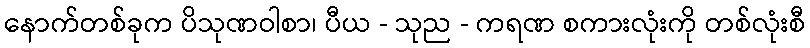
နောက်တစ်ခုက ပိသုဏဝါစာ၊ ပီယ - သုည - ကရဏ စကားလုံးကို တစ်လုံးစီ